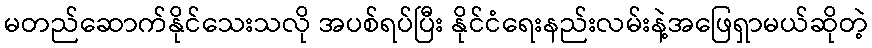
မတည်ဆောက်နိုင်သေးသလို အပစ်ရပ်ပြီး နိုင်ငံရေးနည်းလမ်းနဲ့အဖြေရှာမယ်ဆိုတဲ့